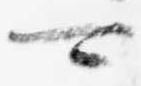
可